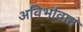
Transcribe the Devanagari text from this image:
अविर्भावात